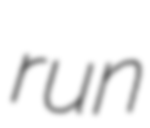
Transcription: run